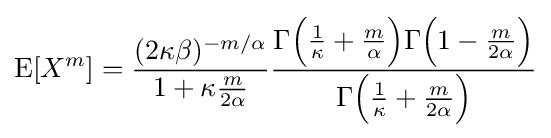
\operatorname {E} [X^{m}]={\frac {(2\kappa \beta )^{-m/\alpha }}{1+\kappa {\frac {m}{2\alpha }}}}{\frac {\Gamma {\Big (}{\frac {1}{\kappa }}+{\frac {m}{\alpha }}{\Big )}\Gamma {\Big (}1-{\frac {m}{2\alpha }}{\Big )}}{\Gamma {\Big (}{\frac {1}{\kappa }}+{\frac {m}{2\alpha }}{\Big )}}}